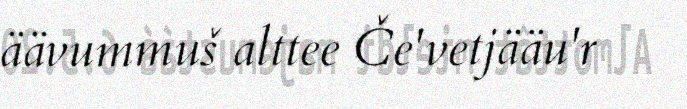
äävummuš alttee Če'vetjääu'r